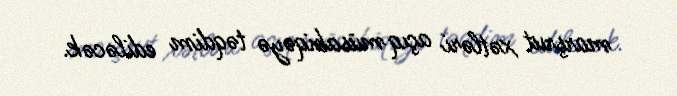
marşrut xətləri açıq müsabiqəyə təqdim ediləcək.